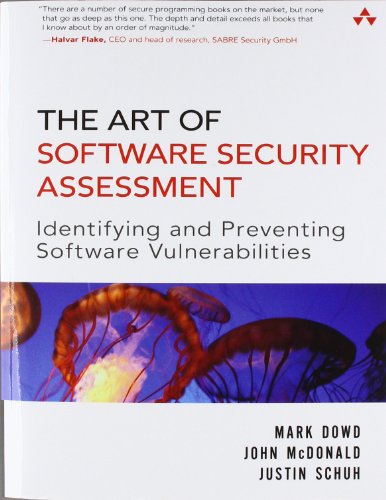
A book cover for The Art of Software Security Assessment: Identifying and Preventing Software Vulnerabilities; Mark Dowd; Computers & Technology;